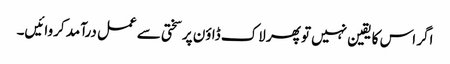
اگر اس کا یقین نہیں تو پھر لاک ڈاؤن پر سختی سے عمل درآمد کروائیں۔